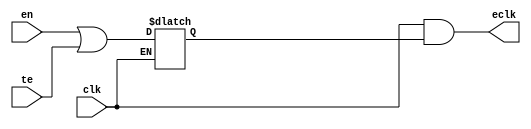
//#############################################################################
//# Function: Integrated "And" Clock Gating Cell (And)                        #
//# Copyright: OH Project Authors. ALl rights Reserved.                       #
//# License:  MIT (see LICENSE file in OH repository)                         #
//#############################################################################

module asic_clkicgand #(parameter PROP = "DEFAULT")  (
   input  clk, // clock input
   input  te, // test enable
   input  en, // enable (from positive edge FF)
   output eclk // enabled clock output
   );

   reg 	  en_stable;

   always @ (clk or en or te)
     if (~clk)
       en_stable <= en | te;

   assign eclk =  clk & en_stable;

endmodule